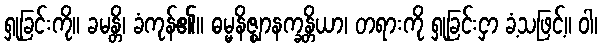
ရှုခြင်းကို။ ခမန္တိ၊ ခံကုန်၏။ ဓမ္မနိဇ္ဈာနက္ခန္တိယာ၊ တရားကို ရှုခြင်းငှာ ခံ့သဖြင့်။ ဝါ၊